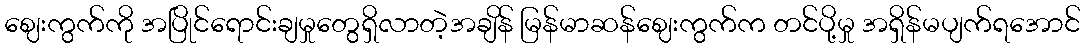
ဈေးကွက်ကို အပြိုင်ရောင်းချမှုတွေရှိလာတဲ့အချိန် မြန်မာဆန်ဈေးကွက်က တင်ပို့မှု အရှိန်မပျက်ရအောင်